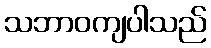
သဘာဝကျပါသည်